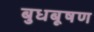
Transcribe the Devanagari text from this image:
बुधबूषण